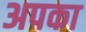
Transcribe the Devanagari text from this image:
अपका